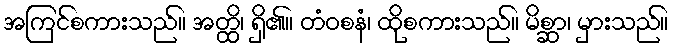
အကြင်စကားသည်။ အတ္ထိ၊ ရှိ၏။ တံဝစနံ၊ ထိုစကားသည်။ မိစ္ဆာ၊ မှားသည်။